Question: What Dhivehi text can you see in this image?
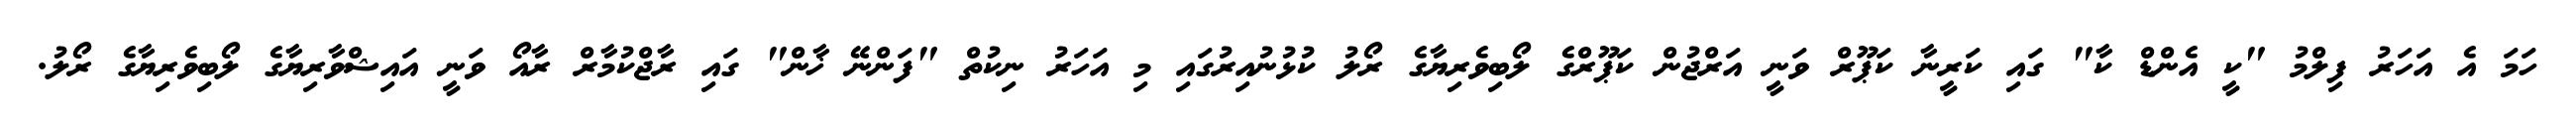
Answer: ހަމަ އެ އަހަރު ފިލްމު "ކީ އެންޑް ކާ" ގައި ކަރީނާ ކަޕޫރް ވަނީ އަރްޖުން ކަޕޫރްގެ ލޯބިވެރިޔާގެ ރޯލު ކުޅުނުއިރުގައި މި އަހަރު ނިކުތް "ފަންނޭ ޚާން" ގައި ރާޖްކުމާރް ރާއޯ ވަނީ އައިޝްވާރިޔާގެ ލޯބިވެރިޔާގެ ރޯލު.